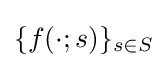
\{f(\cdot ;s)\}_{s\in S}